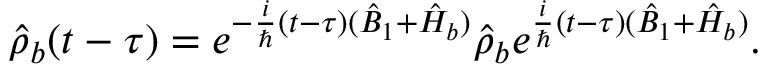
\hat { \rho } _ { b } ( t - \tau ) = e ^ { - \frac { i } { \hbar } ( t - \tau ) ( \hat { B } _ { 1 } + \hat { H } _ { b } ) } \hat { \rho } _ { b } e ^ { \frac { i } { \hbar } ( t - \tau ) ( \hat { B } _ { 1 } + \hat { H } _ { b } ) } .